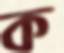
ক